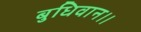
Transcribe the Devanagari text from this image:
बुधिवान।।